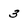
Character: 3